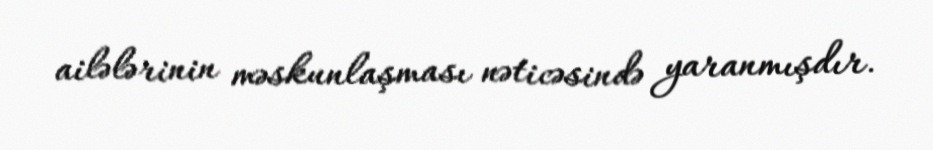
ailələrinin məskunlaşması nəticəsində yaranmışdır.